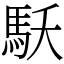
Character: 𩡻